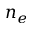
n _ { e }